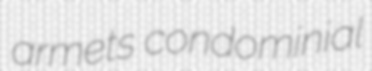
armets condominial